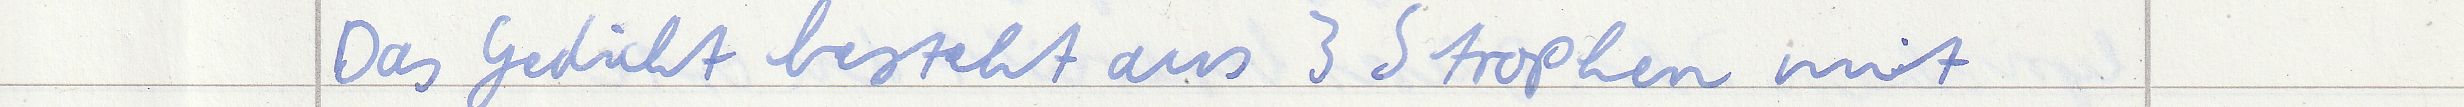
Das Gedicht besteht aus 3 Strophen mit